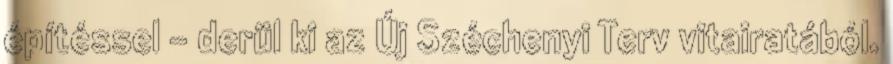
építéssel - derül ki az Új Széchenyi Terv vitairatából.